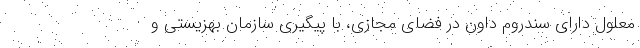
معلول دارای سندروم داون در فضای مجازی، با پیگیری سازمان بهزیستی و